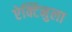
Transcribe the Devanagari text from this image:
ऐक्टिनुला